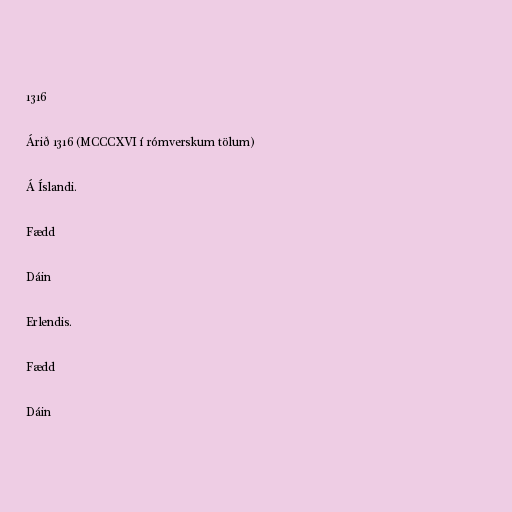
1316

Árið 1316 (MCCCXVI í rómverskum tölum)

Á Íslandi.

Fædd

Dáin

Erlendis.

Fædd

Dáin